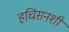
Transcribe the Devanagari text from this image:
हचिंसनशी